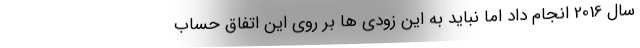
سال 2016 انجام داد اما نباید به این زودی ها بر روی این اتفاق حساب